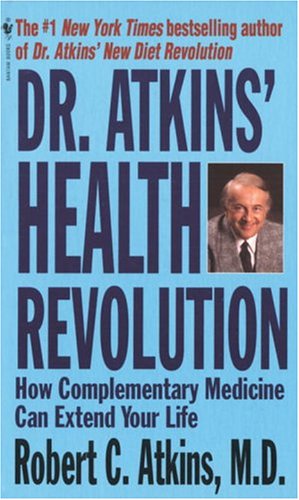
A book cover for Dr. Atkins' Health Revolution: How Complementary Medicine can Extend Your Life; Robert C. Atkins; Health, Fitness & Dieting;